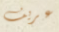
عريف